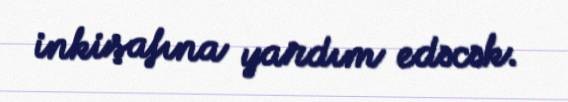
inkişafına yardım edəcək.